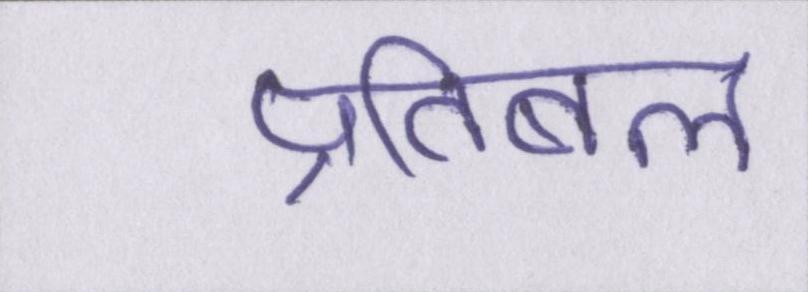
प्रतिबल